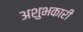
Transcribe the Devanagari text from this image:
अशुभकारी